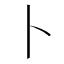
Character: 卜